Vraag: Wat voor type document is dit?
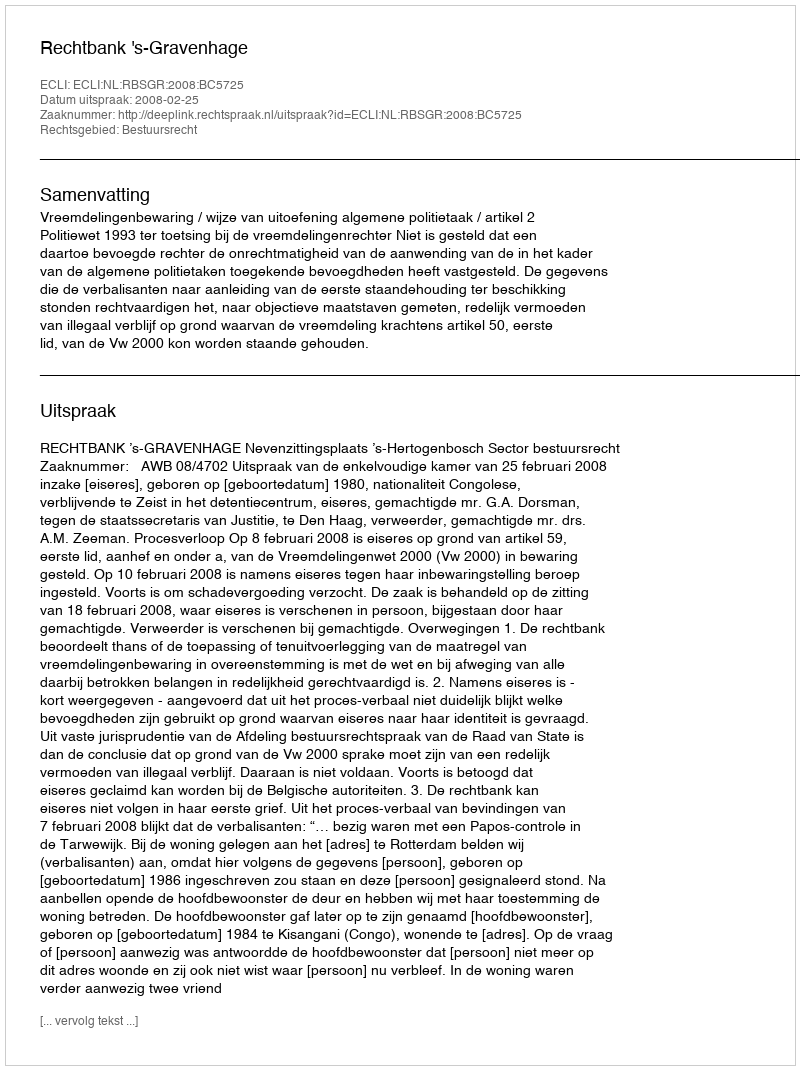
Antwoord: Uitspraak